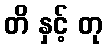
တိ နှင့် တု